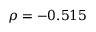
\rho = - 0 . 5 1 5